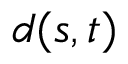
d ( s , t )